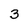
Character: 3